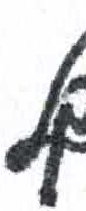
אות: ל